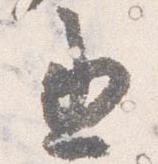
丞